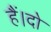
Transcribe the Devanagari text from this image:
हैं।दो